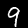
Digit: 9